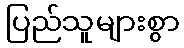
ပြည်သူများစွာ